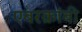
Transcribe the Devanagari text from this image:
एबरक्रांबी